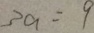
3 a = 9